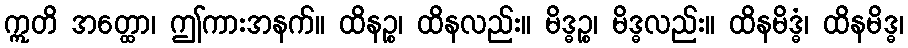
ဣတိ အတ္ထော၊ ဤကားအနက်။ ထိနဉ္စ၊ ထိနလည်း။ မိဒ္ဓဉ္စ၊ မိဒ္ဓလည်း။ ထိနမိဒ္ဓံ၊ ထိနမိဒ္ဓ၊